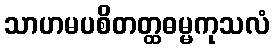
သာဟမပစိတတ္ထဓမ္မကုသလံ